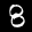
Label: 8